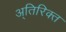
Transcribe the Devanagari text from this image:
अ्तिरिक्त